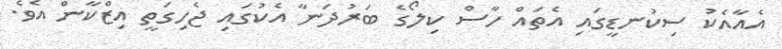
އެއާއެކު ސިކުނޑީގައި އެތައް ހާސް ކިލޯގެ ބަރުދަނާ އެކުގައި ޖެހިގަތީ އިޒްކާން އެވެ.